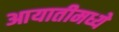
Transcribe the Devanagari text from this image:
आयातीमध्ये